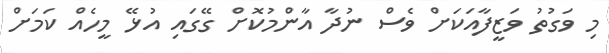
މި ވަގުތު ވަޒީފާއަކަށް ވެސް ނުދާ އާންމުކޮށް ގޭގައި އުޅޭ މީހެއް ކަމަށް